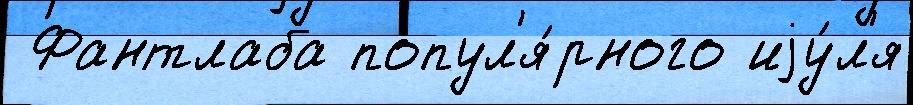
 Фантлаба попул'я́рного иjу́л'я